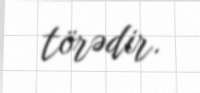
törədir.